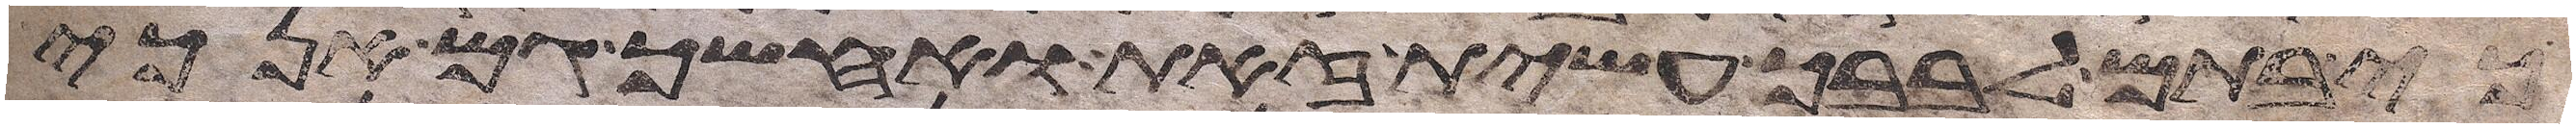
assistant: כי בתם לבבך עשית זאת ואחשך גם אנכי